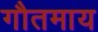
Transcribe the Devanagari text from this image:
गौतमाय